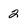
Character: 2